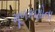
મૂળકણોના